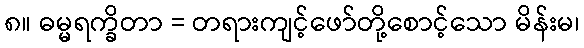
၈။ ဓမ္မရက္ခိတာ = တရားကျင့်ဖော်တို့စောင့်သော မိန်းမ၊